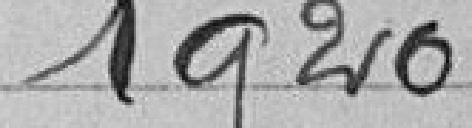
1920